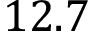
1 2 . 7